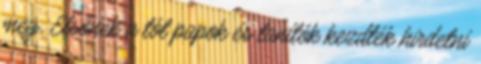
meg. Elsőnek a tót papok és tanítók kezdték hirdetni